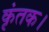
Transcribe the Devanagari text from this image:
कृंतक।